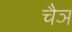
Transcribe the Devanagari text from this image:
चैञ